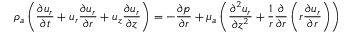
{ \rho } _ { a } \left( \frac { { \partial } { u } _ { r } } { { \partial } t } + { u } _ { r } \frac { { \partial } { u } _ { r } } { { \partial } r } + { u } _ { z } \frac { { \partial } { u } _ { r } } { { \partial } z } \right) = - \frac { { \partial } { p } } { { \partial } r } + { \mu } _ { a } \left( \frac { { \partial } ^ { 2 } { u } _ { r } } { { \partial } { z } ^ { 2 } } + \frac { 1 } { r } \frac { { \partial } } { { \partial } r } \left( r \frac { { \partial } { u } _ { r } } { { \partial } r } \right) \right)